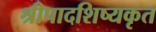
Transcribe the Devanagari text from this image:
श्रीपादशिष्यकृत